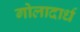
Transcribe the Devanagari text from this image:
गोलादार्ध